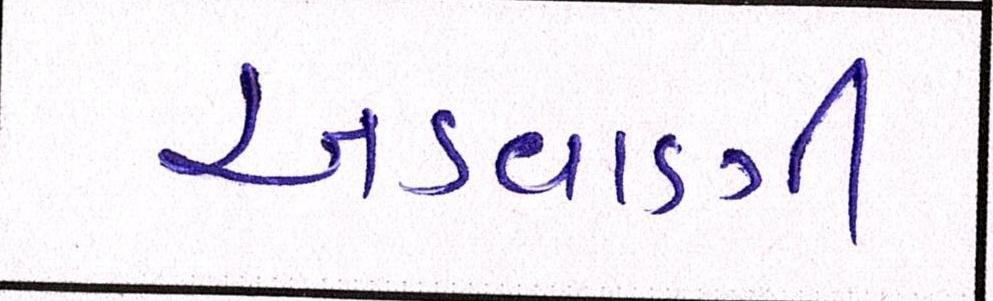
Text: અડવાણી